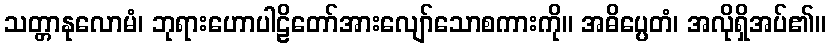
သတ္တာနုလောမံ၊ ဘုရားဟောပါဠိတော်အားလျော်သောစကားကို။ အဓိပ္ပေတံ၊ အလိုရှိအပ်၏။